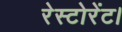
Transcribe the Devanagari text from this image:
रेस्टोरेंट।